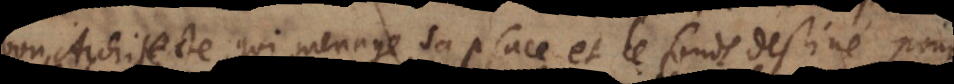
bon Architecte, qui menage sa place et le fonds destiné pour